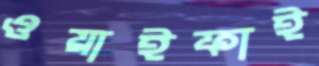
ওয়াইফাই